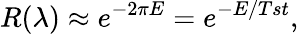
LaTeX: R(\lambda)\approx e^{-2\pi E}=e^{-E/Tst},